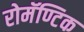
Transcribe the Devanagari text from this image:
रोमॅण्टिक